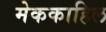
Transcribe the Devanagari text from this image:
मेककाहिल